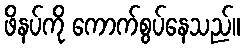
ဖိနပ်ကို ကောက်စွပ်နေသည်။